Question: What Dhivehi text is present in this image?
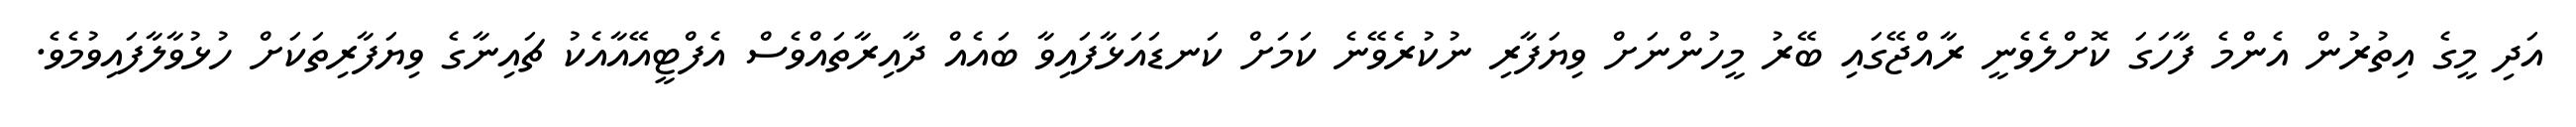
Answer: އަދި މީގެ އިތުރުން އެންމެ ފާހަގަ ކޮށްލެވެނީ ރާއްޖޭގައި ބޭރު މީހުންނަށް ވިޔަފާރި ނުކުރެވޭނެ ކަމަށް ކަނޑައަޅާފައިވާ ބައެއް ދާއިރާތައްވެސް އެފްޓީއޭއާއެކު ޗައިނާގެ ވިޔަފާރިތަކަށް ހުޅުވާލާފައިވުމެވެ.